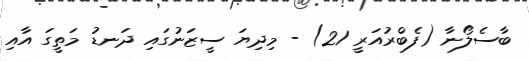
ބާސެލޯނާ (ފެބްރުއަރީ 21) - މިދިޔަ ސީޒަނުގައި ދަނޑު މަތީގަ އާއި